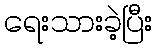
ရေးသားခဲ့ပြီး